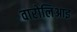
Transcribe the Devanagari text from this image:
वारोलिआइ